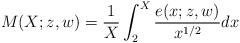
LaTeX: \begin{align*} M(X;z,w) = \frac{1}{X} \int_{2}^{X} \frac{e(x;z,w)}{x^{1/2}} d x \end{align*}